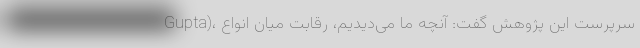
Gupta)، سرپرست این پژوهش گفت: آنچه ما می‌دیدیم، رقابت میان انواع